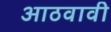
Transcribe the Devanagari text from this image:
आठवावी